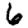
Digit: 6